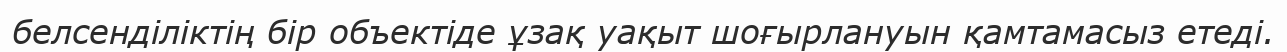
белсенділіктің бір объектіде ұзақ уақыт шоғырлануын қамтамасыз етеді.